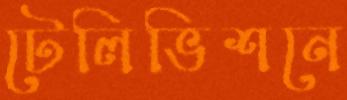
টেলিভিশনে